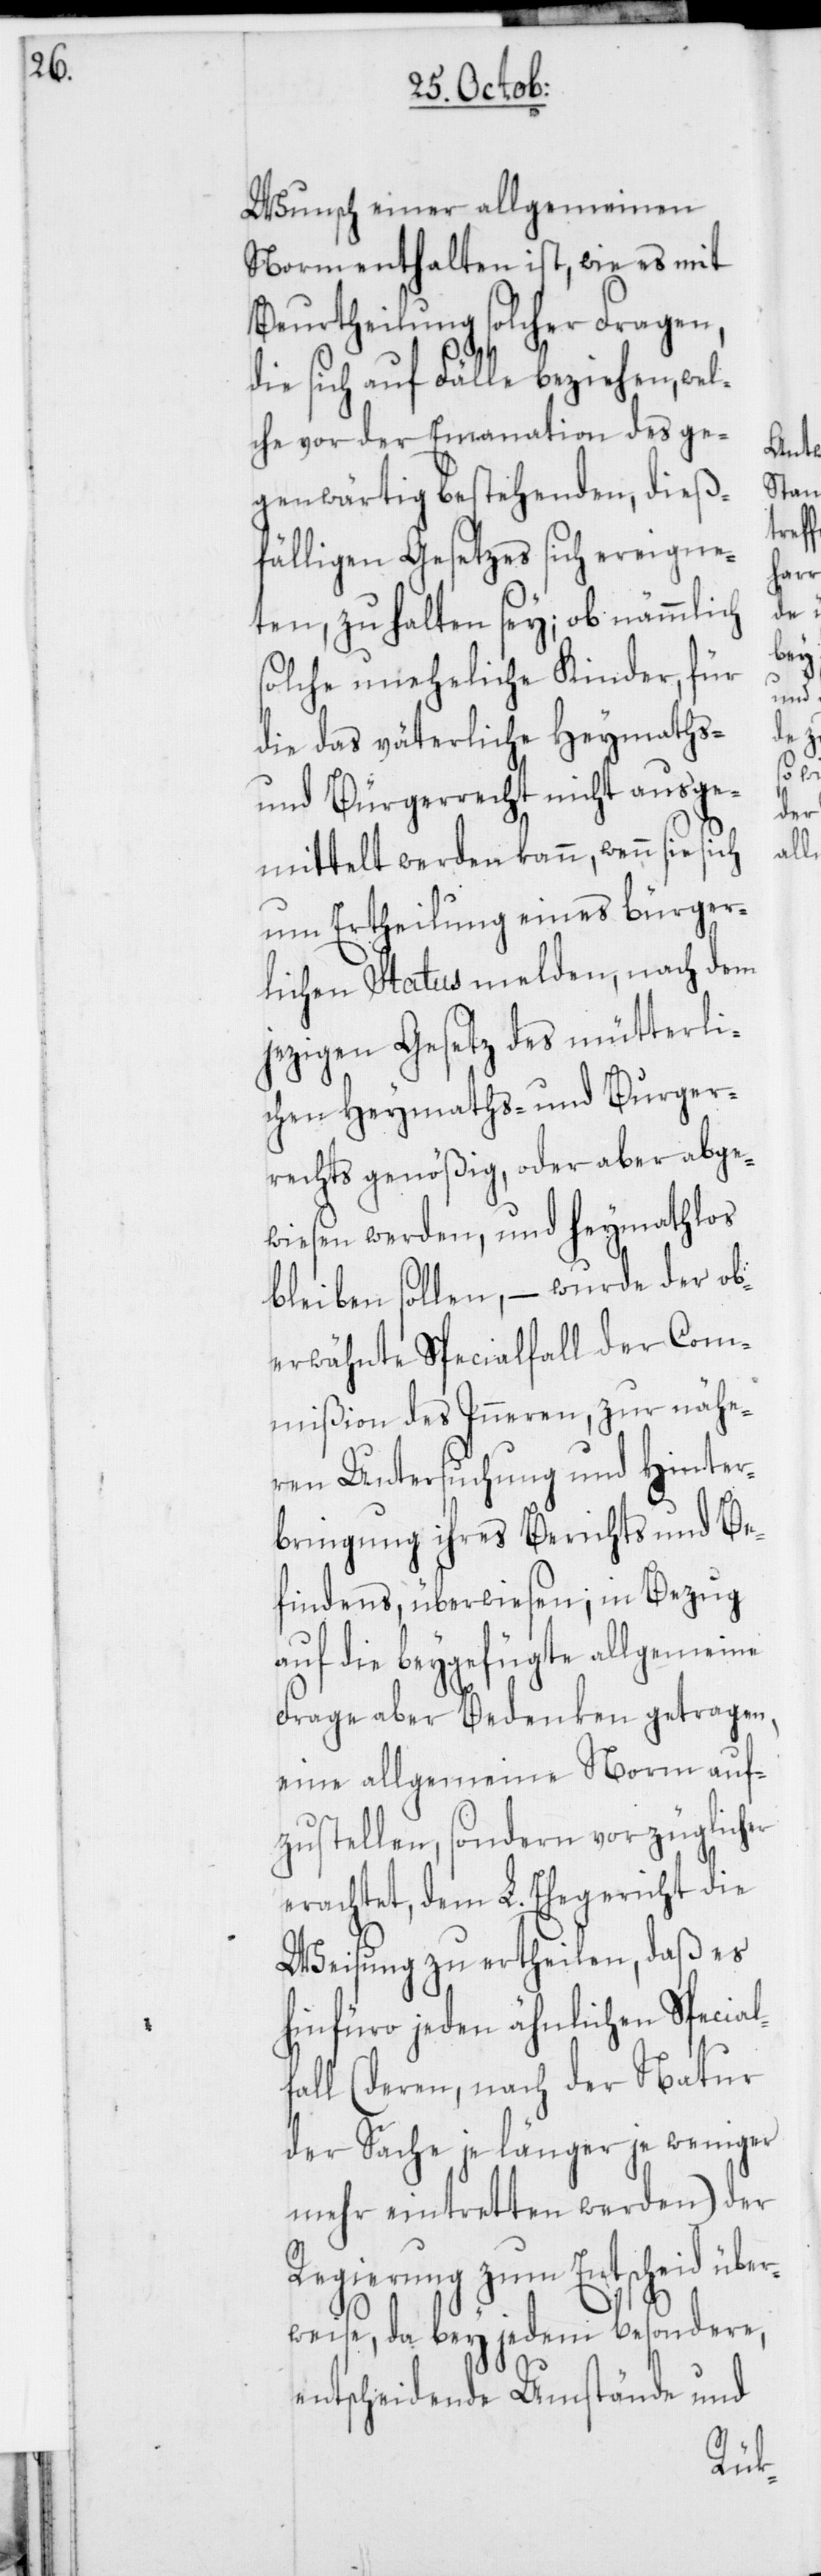
Wunsch einer allgemeinen
Norm enthalten ist, wie es mit
Beurtheilung solcher Fragen,
die sich auf Fälle beziehen, wel¬
che vor der Emanation des ge¬
genwärtig bestehenden, dieß¬
fälligen Gesetzes sich ereigne¬
ten, zu halten sey; ob nämmlich
solche uneheliche Kinder, für
die das väterliche Heymaths-
und Bürgerrecht nicht ausge¬
mittelt werden kann, wenn sie sich
um Ertheilung eines bürger¬
lichen Status melden, nach dem
jezigen Gesetz des mütterli¬
chen Heymaths- und Burger¬
rechts genößig, oder aber abge¬
wiesen werden, und heymathlos
bleiben sollen, – wurde der ob¬
erwähnte Specialfall der Com¬
mißion des Inneren, zur nähe¬
ren Untersuchung und Hinter¬
bringung ihres Berichts und Be¬
findens, überwiesen; in Bezug
auf die beygefügte allgemeine
Frage aber Bedenken getragen,
eine allgemeine Norm auf¬
zustellen, sondern vorzüglicher
erachtet, dem L. Ehegericht die
Weisung zu ertheilen, daß es
hinfüro jeden ähnlichen Special¬
fall (deren, nach der Natur
der Sache je länger je weniger
mehr eintretten werden) der
Regierung zum Entscheid übe¬
rweise, da bey jedem besondere,
entscheidende Umstände und